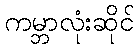
ကမ္ဘာလုံးဆိုင်